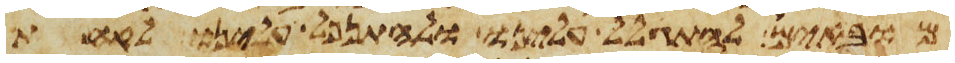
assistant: מובאים להתגלל עלינו ולהתנפל עלינו לקחת